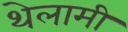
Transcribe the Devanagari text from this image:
थेलामी